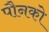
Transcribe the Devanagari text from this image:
पौनको